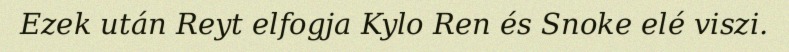
Ezek után Reyt elfogja Kylo Ren és Snoke elé viszi.